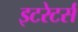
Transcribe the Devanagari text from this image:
इटरेटर्स